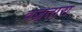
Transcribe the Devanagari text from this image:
वज्रतारा